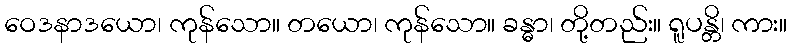
ဝေဒနာဒယော၊ ကုန်သော။ တယော၊ ကုန်သော။ ခန္ဓာ၊ တို့တည်း။ ရူပန္တိ၊ ကား။